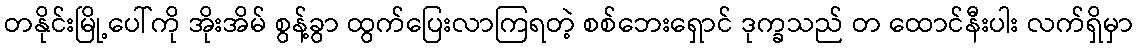
တနိုင်းမြို့ပေါ်ကို အိုးအိမ် စွန့်ခွာ ထွက်ပြေးလာကြရတဲ့ စစ်ဘေးရှောင် ဒုက္ခသည် တ ထောင်နီးပါး လက်ရှိမှာ